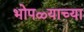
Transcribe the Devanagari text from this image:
भोपळ्याच्या